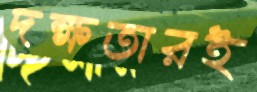
দক্ষতারই